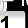
Digit: 1